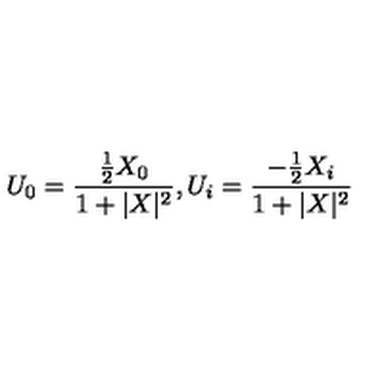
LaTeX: U _ { 0 } = \frac { \frac { 1 } { 2 } X _ { 0 } } { 1 + | X | ^ { 2 } } , U _ { i } = \frac { - \frac { 1 } { 2 } X _ { i } } { 1 + | X | ^ { 2 } }